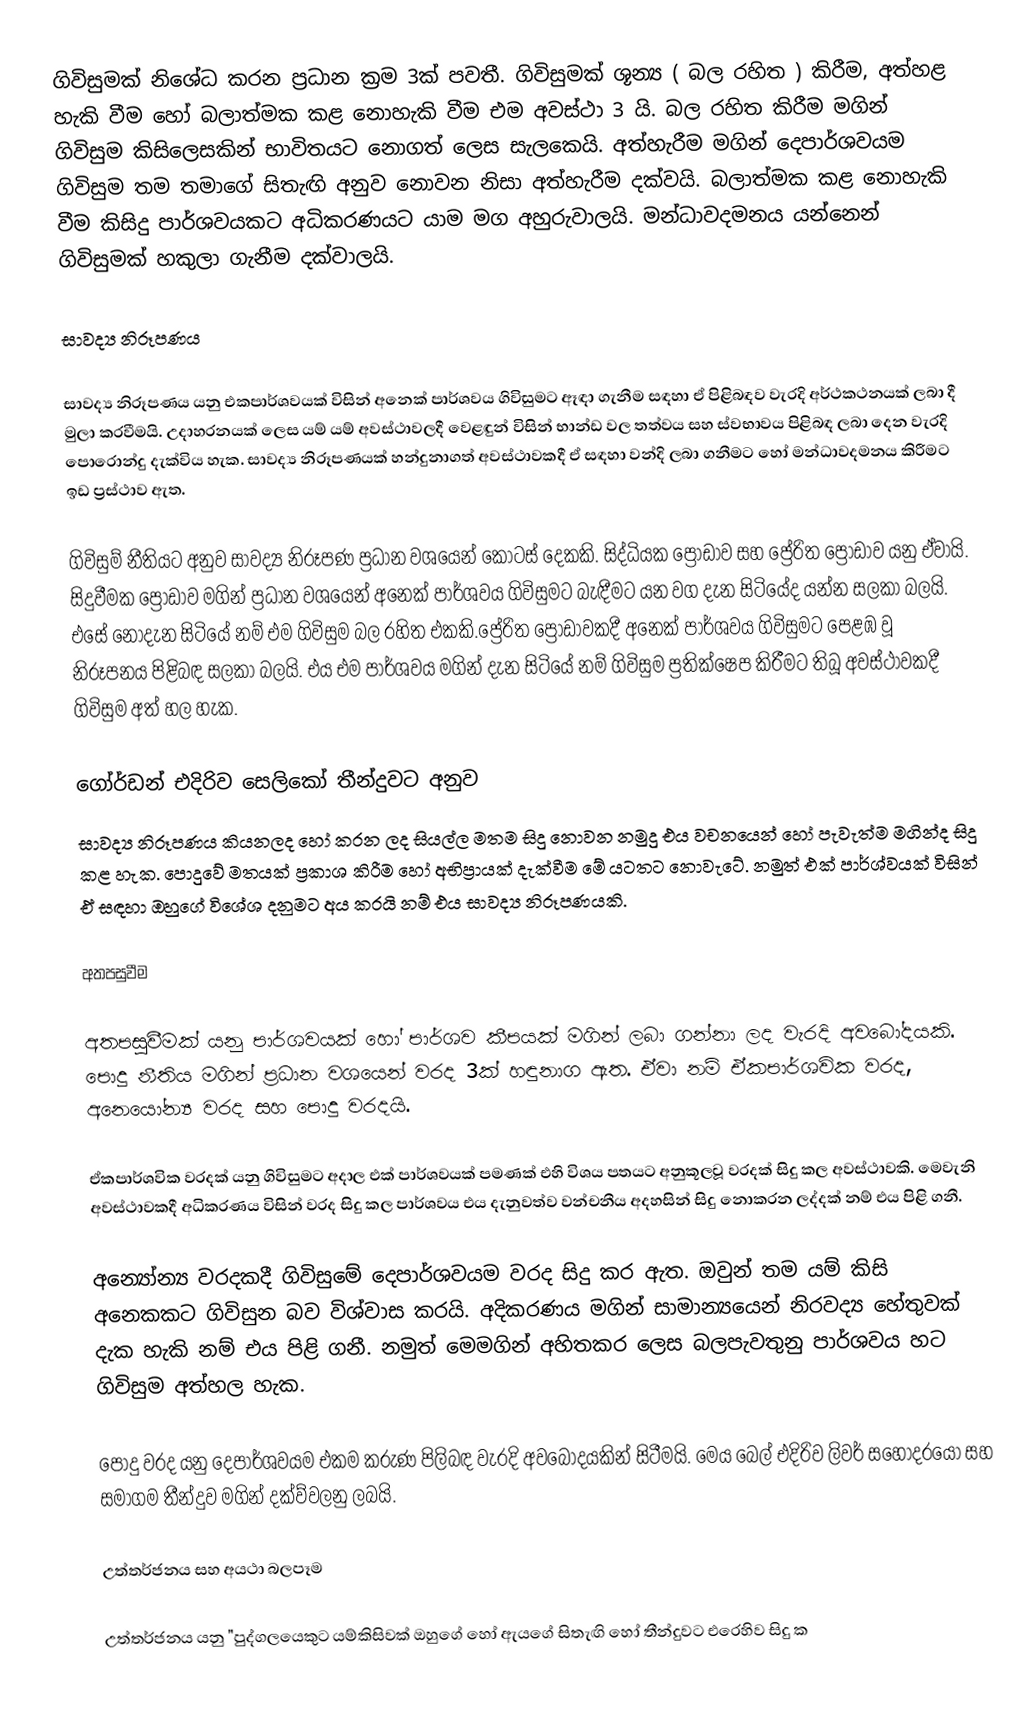
ගිවිසුමක් නිශේධ කරන ප්‍රධාන ක්‍රම 3ක් පවතී. ගිවිසුමක් ශූන්‍ය ( බල රහිත ) කිරීම, අත්හළ හැකි වීම හෝ බලාත්මක කළ නොහැකි වීම එම අවස්ථා 3 යි. බල රහිත කිරීම මගින් ගිවිසුම කිසිලෙසකින් භාවිතයට නොගත් ලෙස සැලකෙයි. අත්හැරීම මගින් දෙපාර්ශවයම ගිවිසුම තම තමාගේ සිතැඟි අනුව නොවන නිසා අත්හැරීම දක්වයි. බලාත්මක කළ නොහැකි වීම කිසිදු පාර්ශවයකට අධිකරණයට යාම මග අහුරුවාලයි. මන්ධාවදමනය යන්නෙන් ගිවිසුමක් හකුලා ගැනීම දක්වාලයි.

සාවද්‍ය නිරූපණය

සාවද්‍ය නිරූපණය යනු එකපාර්ශවයක් විසින් අනෙක් පාර්ශවය ගිවිසුමට ඈඳා ගැනීම සඳහා ඒ පිළිබඳව වැරදි අර්ථකථනයක් ලබා දී මුලා කරවීමයි. උදාහරනයක් ලෙස යම් යම් අවස්ථාවලදී වෙළඳුන් විසින් භාන්ඩ වල තත්වය සහ ස්වභාවය පිළිබඳ ලබා දෙන වැරදි පොරොන්දු දැක්විය හැක. සාවද්‍ය නිරූපණයක් හන්දුනාගත් අවස්ථාවකදී ඒ සඳහා වන්දි ලබා ගනීමට හෝ මන්ධාවදමනය කිරීමට ඉඩ ප්‍රස්ථාව ඇත.

ගිවිසුම් නීතියට අනුව සාවද්‍ය නිරූපණ ප්‍රධාන වශයෙන් කොටස් දෙකකි. සිද්ධියක ප්‍රෝඩාව සහ ප්‍රේරිත ප්‍රෝඩාව යනු ඒවායි. සිදුවීමක ප්‍රෝඩාව මගින් ප්‍රධාන වශයෙන් අනෙක් පාර්ශවය ගිවිසුමට බැඳීමට යන වග දැන සිටියේද යන්න සලකා බලයි. එසේ නොදැන සිටියේ නම් එම ගිවිසුම බල රහිත එකකි.ප්‍රේරිත ප්‍රෝඩාවකදී අනෙක් පාර්ශවය ගිවිසුමට පෙළඹ වූ නිරූපනය පිළිබඳ සලකා බලයි. එය එම පාර්ශවය මගින් දැන සිටියේ නම් ගිවිසුම ප්‍රතික්ෂෙප කිරීමට තිබූ අවස්ථාවකදී ගිවිසුම අත් හල හැක.

ගෝර්ඩන් එදිරිව සෙලිකෝ තීන්දුවට අනුව
සාවද්‍ය නිරූපණය කියනලද හෝ කරන ලද සියල්ල මතම සිදු නොවන නමුදු එය වචනයෙන් හෝ පැවැත්ම මගින්ද සිදු කළ හැක. පොදුවේ මතයක් ප්‍රකාශ කිරීම හෝ අභිප්‍රායක් දැක්වීම මේ යටතට නොවැටේ. නමුත් එක් පාර්ශ්වයක් විසින් ඒ සඳහා ඔහුගේ විශේශ දනුමට අය කරයි නම් එය සාවද්‍ය නිරූපණයකි.

අතපසුවීම

අතපසුවීමක් යනු පාර්ශවයක් හෝ පාර්ශව කීපයක් මගින් ලබා ගන්නා ලද වැරදි අවබෝදයකි. පොදු නීතිය මගින් ප්‍රධාන වශයෙන් වරද 3ක් හඳුනාග ඇත. ඒවා නම් ඒකපාර්ශවික වරද, අනෙ‍යෝන්‍ය වරද සහ පොදු වරදයි.

ඒකපාර්ශවික වරදක් යනු ගිවිසුමට අදාල එක් පාර්ශවයක් පමණක් එහි විශය පතයට අනුකූලවූ වරදක් සිදු කල අවස්ථාවකි. මෙවැනි අවස්ථාවකදී අධිකරණය විසින් වරද සිදු කල පාර්ශවය එය දැනුවත්ව වන්චනීය අදහසින් සිදු නොකරන ලද්දක් නම් එය පිළි ගනී.

 අන්‍යෝන්‍ය වරදකදී ගිවිසුමේ දෙපාර්ශවයම වරද සිදු කර ඇත. ඔවුන් තම යම් කිසි අනෙකකට ගිවිසුන බව විශ්වාස කරයි. අදිකරණය මගින් සාමාන්‍යයෙන් නිරවද්‍ය හේතුවක් දැක හැකි නම් එය පිළි ගනී. නමුත් මෙමගින් අහිතකර ලෙස බලපැවතුනු පාර්ශවය හට ගිවිසුම අත්හල හැක.

 පොදු වරද යනු දෙපාර්ශවයම එකම කරුණ පිලිබඳ වැරදි අවබෝදයකින් සිටීමයි. මෙය බෙල් එදිරිව ලිවර් සහෝදරයෝ සහ සමාගම තීන්දුව මගින් දක්ව්වලනු ලබයි.

උත්තර්ජනය සහ අයථා බලපෑම

උත්තර්ජනය යනු "පුද්ගලයෙකුට යම්කිසිවක් ඔහුගේ හෝ ඇයගේ සිතැඟි හෝ තීන්දුවට එරෙහිව සිදු ක